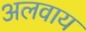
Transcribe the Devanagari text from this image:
अलवाय